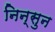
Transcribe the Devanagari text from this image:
निन्सुन